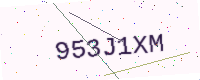
Text: 953J1XM